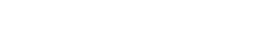
ကျွန်တော် ၈ နာရီ ရထားကိုမီမှ ဖြစ်မယ်။